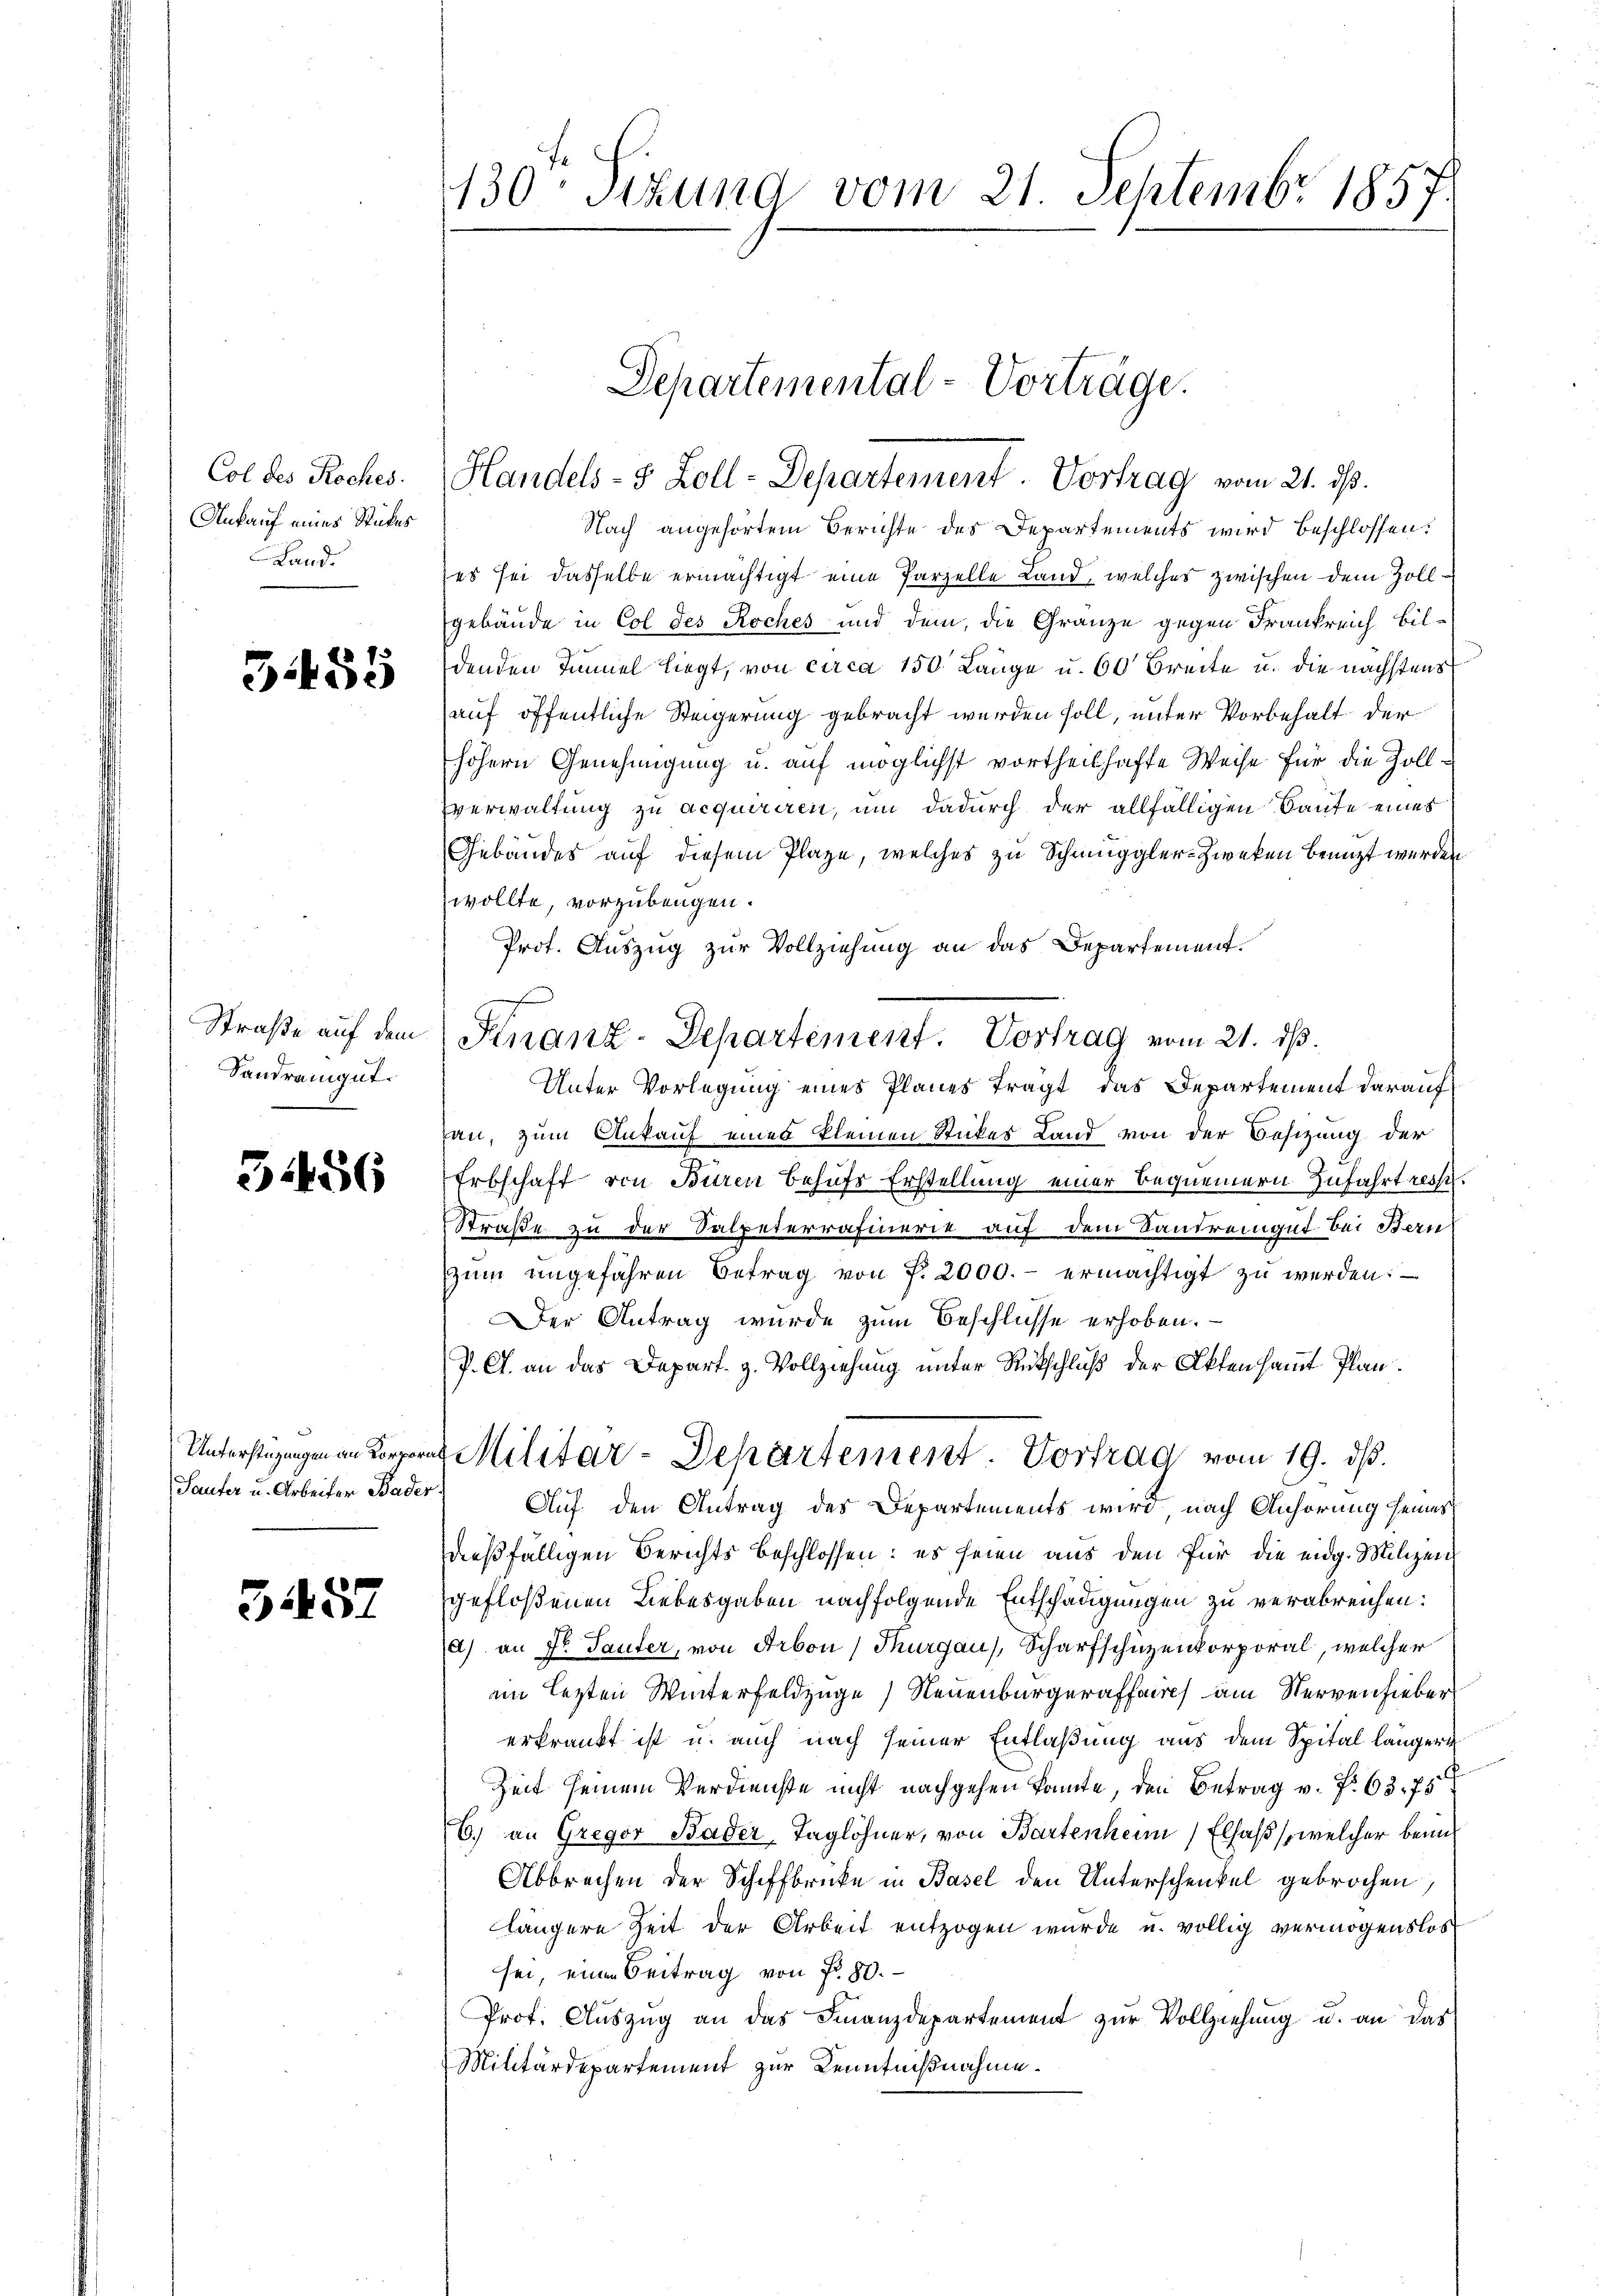
Col des Roches.
Ankauf eines Stückes
Land.

3455

Straße auf dem
Sandrengut.

31456

Unterstützungen an Korpora
Saufer u. Arbeiter Bader

3457

130 Stund vom 21. Septembr 1857.

Departemental-Vorträge.
Handels- 8 Zoll-Departement. Vortrag vom 21. ds.

Nach angehörtem Berichte des Departements wird beschlossen:
(es sei dasselbe ermächtigt eine Parzelle Land, welches zwischen dem Zollgebäude in Col des Roches und dem, die Gränze gegen Frankreich bildenden Immel liegt, von circa 150. Lange u. 60 Breite u. die nächstens
auf öffentliche Steigerung gebracht werden soll, unter Vorbehalt der
höhern Genehmigung u. auf möglichst vortheilhafte Weise für die Zollverwaltung zu acquiriren, um dadurch der allfälligen Baute eines
Gebäudes auf diesem Plaze, welches zu Schmuggler-Zweken benuzt werden
wollte, vorzubeugen.
Prof. Auszug zur Vollziehung an das Departement.
Finanz-Departement. Vortrag vom 21. ds.
Unter Vorlegung eines Planes tragt, das Departement darauf
an, zum Ankauf eines kleinen Stickes Land von der Besizung der
Erbschaft von Büren behufs Erstellung einer Bequemern Zufahrt resse.
Straße zu der Salpeterrafinerie auf dem Sandrengut bei Bern
zum angefahren Betrag von P. 2000.- ermächtigt zu werden:
Der Antrag wurde zum Beschlüsse erhoben.
P. C. an das Depart. H. Vollziehung unter Rutschluß der Aktensammt Plan.
2 Militär-Departement. Vortrag vom 19. ds.
Auf den Antrag des Departements wird, nach Anhörung seines
dießfälligen Berichts beschlossen: es seien aus den für die eidg. Milizei
gefloßenen Liebesgaben nachfolgende Entschädigungen zu verabreichen:
d) an Fr. Sauter, von Arbon (Thurgau), Scharfschuzenkorporal, welcher
am lezten Winterfeldzüge) Neuenburgeraffaire am Nervenfieber
erkrankt ist u. auch nach seiner Entlaßung aus dem Spital längern
Zeit seinem Verdienste nicht nachgehen konnte, den Betrag v. P. 63. 75
6.) an Gregor Bader Taglöhner, von Bartenheim Elsaß, welcher beim
Abbrechen der Schiffbrücke in Basel den Unterschenkel gebrochen,
längere Zeit der Arbeit entzogen wurde u. völlig vermögenslos
sei, eine Beitrag von Fr. 80.
Prof. Auszug an das Finanzdepartement zur Vollziehung u. an das
Militärdepartement zur Kenntnißnahme.